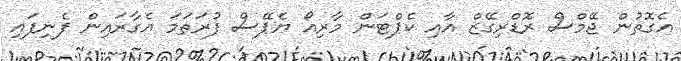
އެގޮތުން ޖޭމްސް ރޮޑްރިގޭޒް އާއި ކެޕްޓަން މާރިއޯ ޔެޕޭސް ފުރަތަމަ އެގާރައިން ފެނިފައި